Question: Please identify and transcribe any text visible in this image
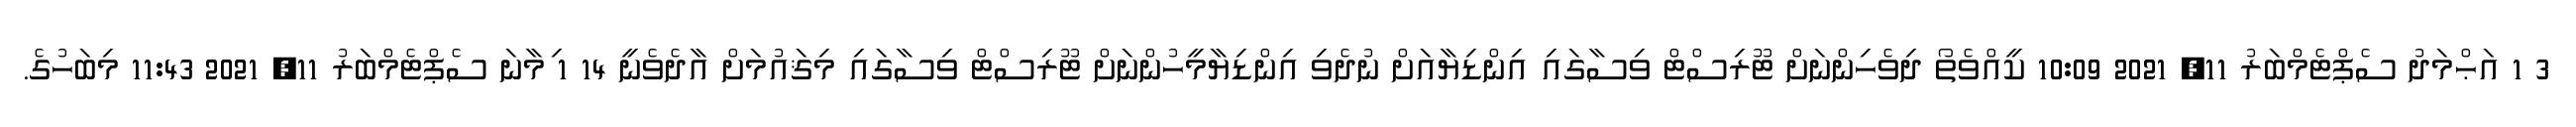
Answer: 3 1 އަޙްމަދު ސެޕްޓެމްބަރު 11, 2021 10:09 ކީއްވެތޯ ދިވެހިންނަށް ޓޫރިސްޓް ވިސާގައި އިންޑިޔާއަށް ނުދެވި އިންޑިޔާމީހުންނަށް ޓޫރިސްޓް ވިސާގައި މިޤައުމަށް އާދެވެނީ 14 1 ިމާނަ ސެޕްޓެމްބަރު 11, 2021 11:43 މިބަހުގެ.